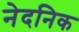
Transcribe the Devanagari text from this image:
नेदनिक